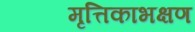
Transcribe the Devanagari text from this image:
मृत्तिकाभक्षण